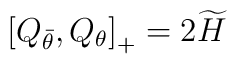
\left[ Q_{\bar{\theta }},Q_{\theta }\right]_{+} =2\widetilde{H}